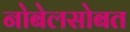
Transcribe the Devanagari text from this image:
नोबेलसोबत